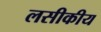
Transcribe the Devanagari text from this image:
लसीकीय